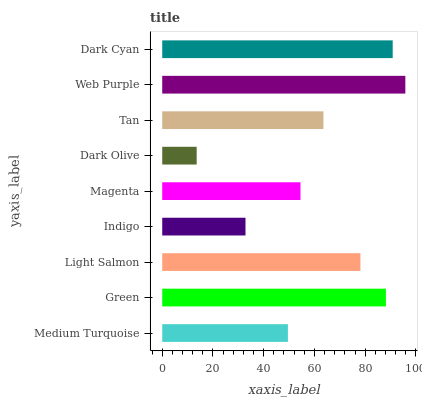
| yaxis_label | bars |
 | --- | --- |
 | Medium Turquoise | 49.5 |
 | Green | 88.2 |
 | Light Salmon | 78.1 |
 | Indigo | 32.8 |
 | Magenta | 54.5 |
 | Dark Olive | 13.6 |
 | Tan | 63.5 |
 | Web Purple | 95.8 |
 | Dark Cyan | 90.9 |